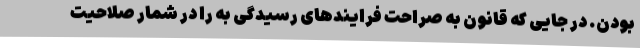
بودن. در جایی که قانون به صراحت فرایندهای رسیدگی به را در شمار صلاحیت